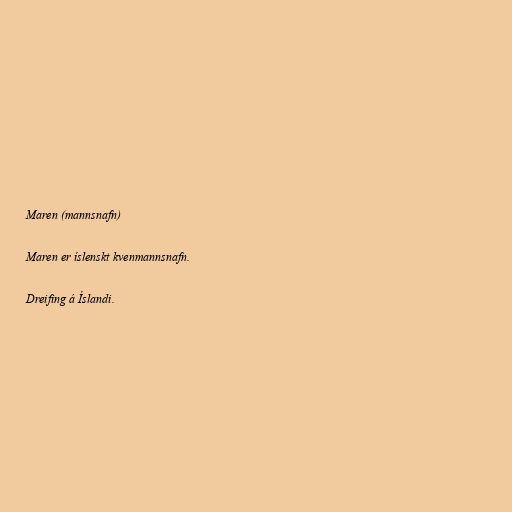
Maren (mannsnafn)

Maren er íslenskt kvenmannsnafn.

Dreifing á Íslandi.